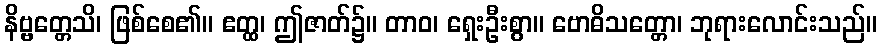
နိဗ္ဗတ္တေသိ၊ ဖြစ်စေ၏။ ဧတ္ထ၊ ဤဇာတ်၌။ တာဝ၊ ရှေးဦးစွာ။ ဗောဓိသတ္တော၊ ဘုရားလောင်းသည်။